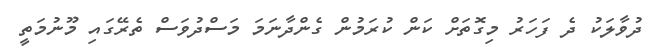
ދުވާލަކު ދެ ފަހަރު މިގޮތަށް ކަން ކުރަމުން ގެންދާނަމަ މަސްދުވަސް ތެރޭގައި މޫނުމަތީ